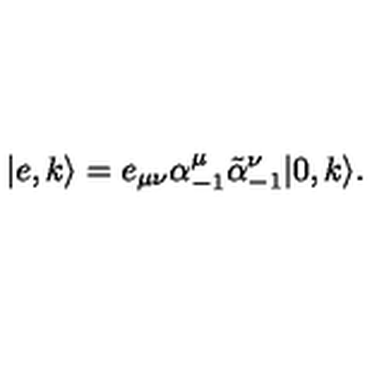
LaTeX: | e , k \rangle = e _ { \mu \nu } \alpha _ { - 1 } ^ { \mu } \tilde { \alpha } _ { - 1 } ^ { \nu } | 0 , k \rangle .